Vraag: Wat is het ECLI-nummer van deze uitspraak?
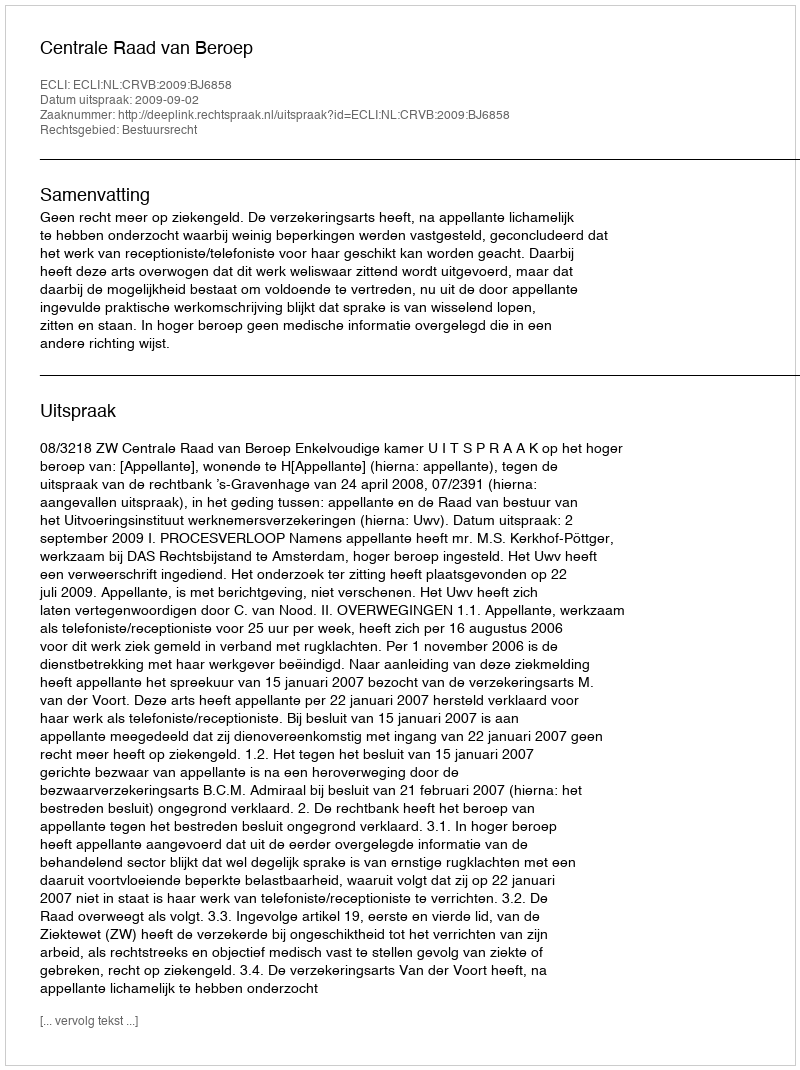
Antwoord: ECLI:NL:CRVB:2009:BJ6858